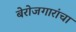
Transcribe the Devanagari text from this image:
बेरोजगारांचा